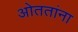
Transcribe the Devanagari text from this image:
ओततांना